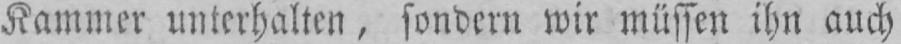
Kammer unterhalten, sondern wir müssen ihn auch